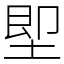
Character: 堲